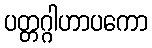
ပတ္တဂ္ဂါဟာပကော